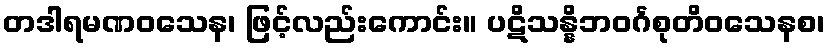
တဒါရမဏဝသေန၊ ဖြင့်လည်းကောင်း။ ပဋိသန္နိဘဝင်္ဂစုတိဝသေနစ၊